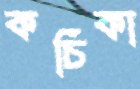
কচিকা